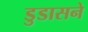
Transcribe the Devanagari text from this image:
डुडासने